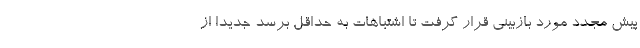
پیش مجدد مورد بازبینی قرار گرفت تا اشتباهات به حداقل برسد جدیدا از